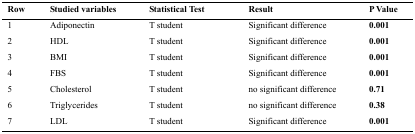
| Row | Studied variables | Statistical Test | Result | P Value |
 | --- | --- | --- | --- | --- |
 | 1 | Adiponectin | T student | Significant difference | 0.001 |
 | 2 | HDL | T student | Significant difference | 0.001 |
 | 3 | BMI | T student | Significant difference | 0.001 |
 | 4 | FBS | T student | Significant difference | 0.001 |
 | 5 | Cholesterol | T student | no significant difference | 0.71 |
 | 6 | Triglycerides | T student | no significant difference | 0.38 |
 | 7 | LDL | T student | Significant difference | 0.001 |